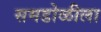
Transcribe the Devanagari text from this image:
समडोळीला